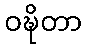
ဝဍ္ဎိတာ